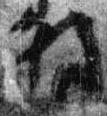
解